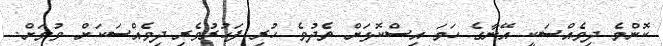
ކޮންމެ ދިވެއްސަކީ އޭނާގެ ހަމަ އިސްކޮޅަށް ތެދުވެ ހުރި ފަހުރުވެރި ދިވެއްސަކަށް ވުމަށް.